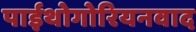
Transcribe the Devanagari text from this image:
पाईथोगोरियनवाद